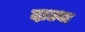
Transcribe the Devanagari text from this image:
दाढ्या